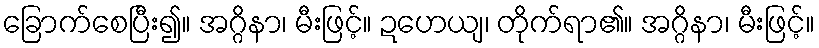
ခြောက်စေပြီး၍။ အဂ္ဂိနာ၊ မီးဖြင့်။ ဍဟေယျ၊ တိုက်ရာ၏။ အဂ္ဂိနာ၊ မီးဖြင့်။